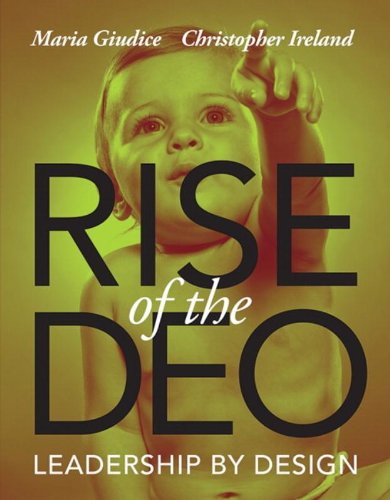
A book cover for Rise of the DEO: Leadership by Design (Voices That Matter); Maria Giudice; Computers & Technology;